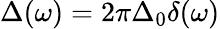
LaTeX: \Delta(\omega)=2\pi\Delta_{0}\delta(\omega)